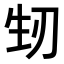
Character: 𭃚